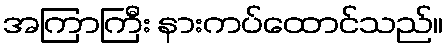
အကြာကြီး နားကပ်ထောင်သည်။